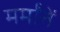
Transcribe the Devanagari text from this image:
मर्मांतें